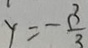
y = - \frac { 3 } { 3 }